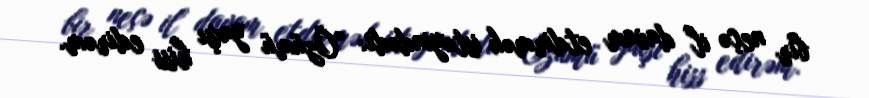
bir neçə il davam etdirmək istəyindədi: “Özümü yaxşı hiss edirəm.